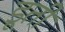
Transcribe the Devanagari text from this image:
डूती